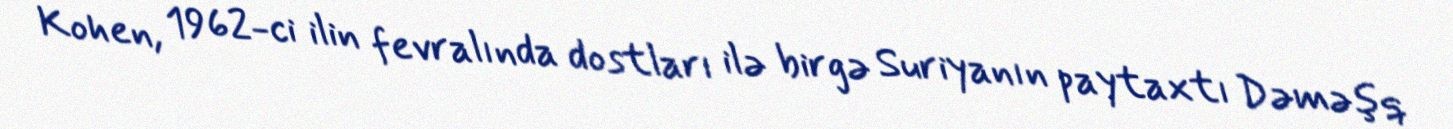
Kohen, 1962-ci ilin fevralında dostları ilə birgə Suriyanın paytaxtı Dəməşq